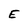
Character: E